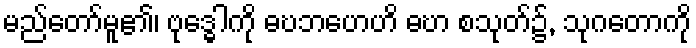
မည်တော်မူ၏၊ ဗုဒ္ဓေါကို ဓဎဘဟေဟိ ဓဎာ စသုတ်၌, သုဂတောကို